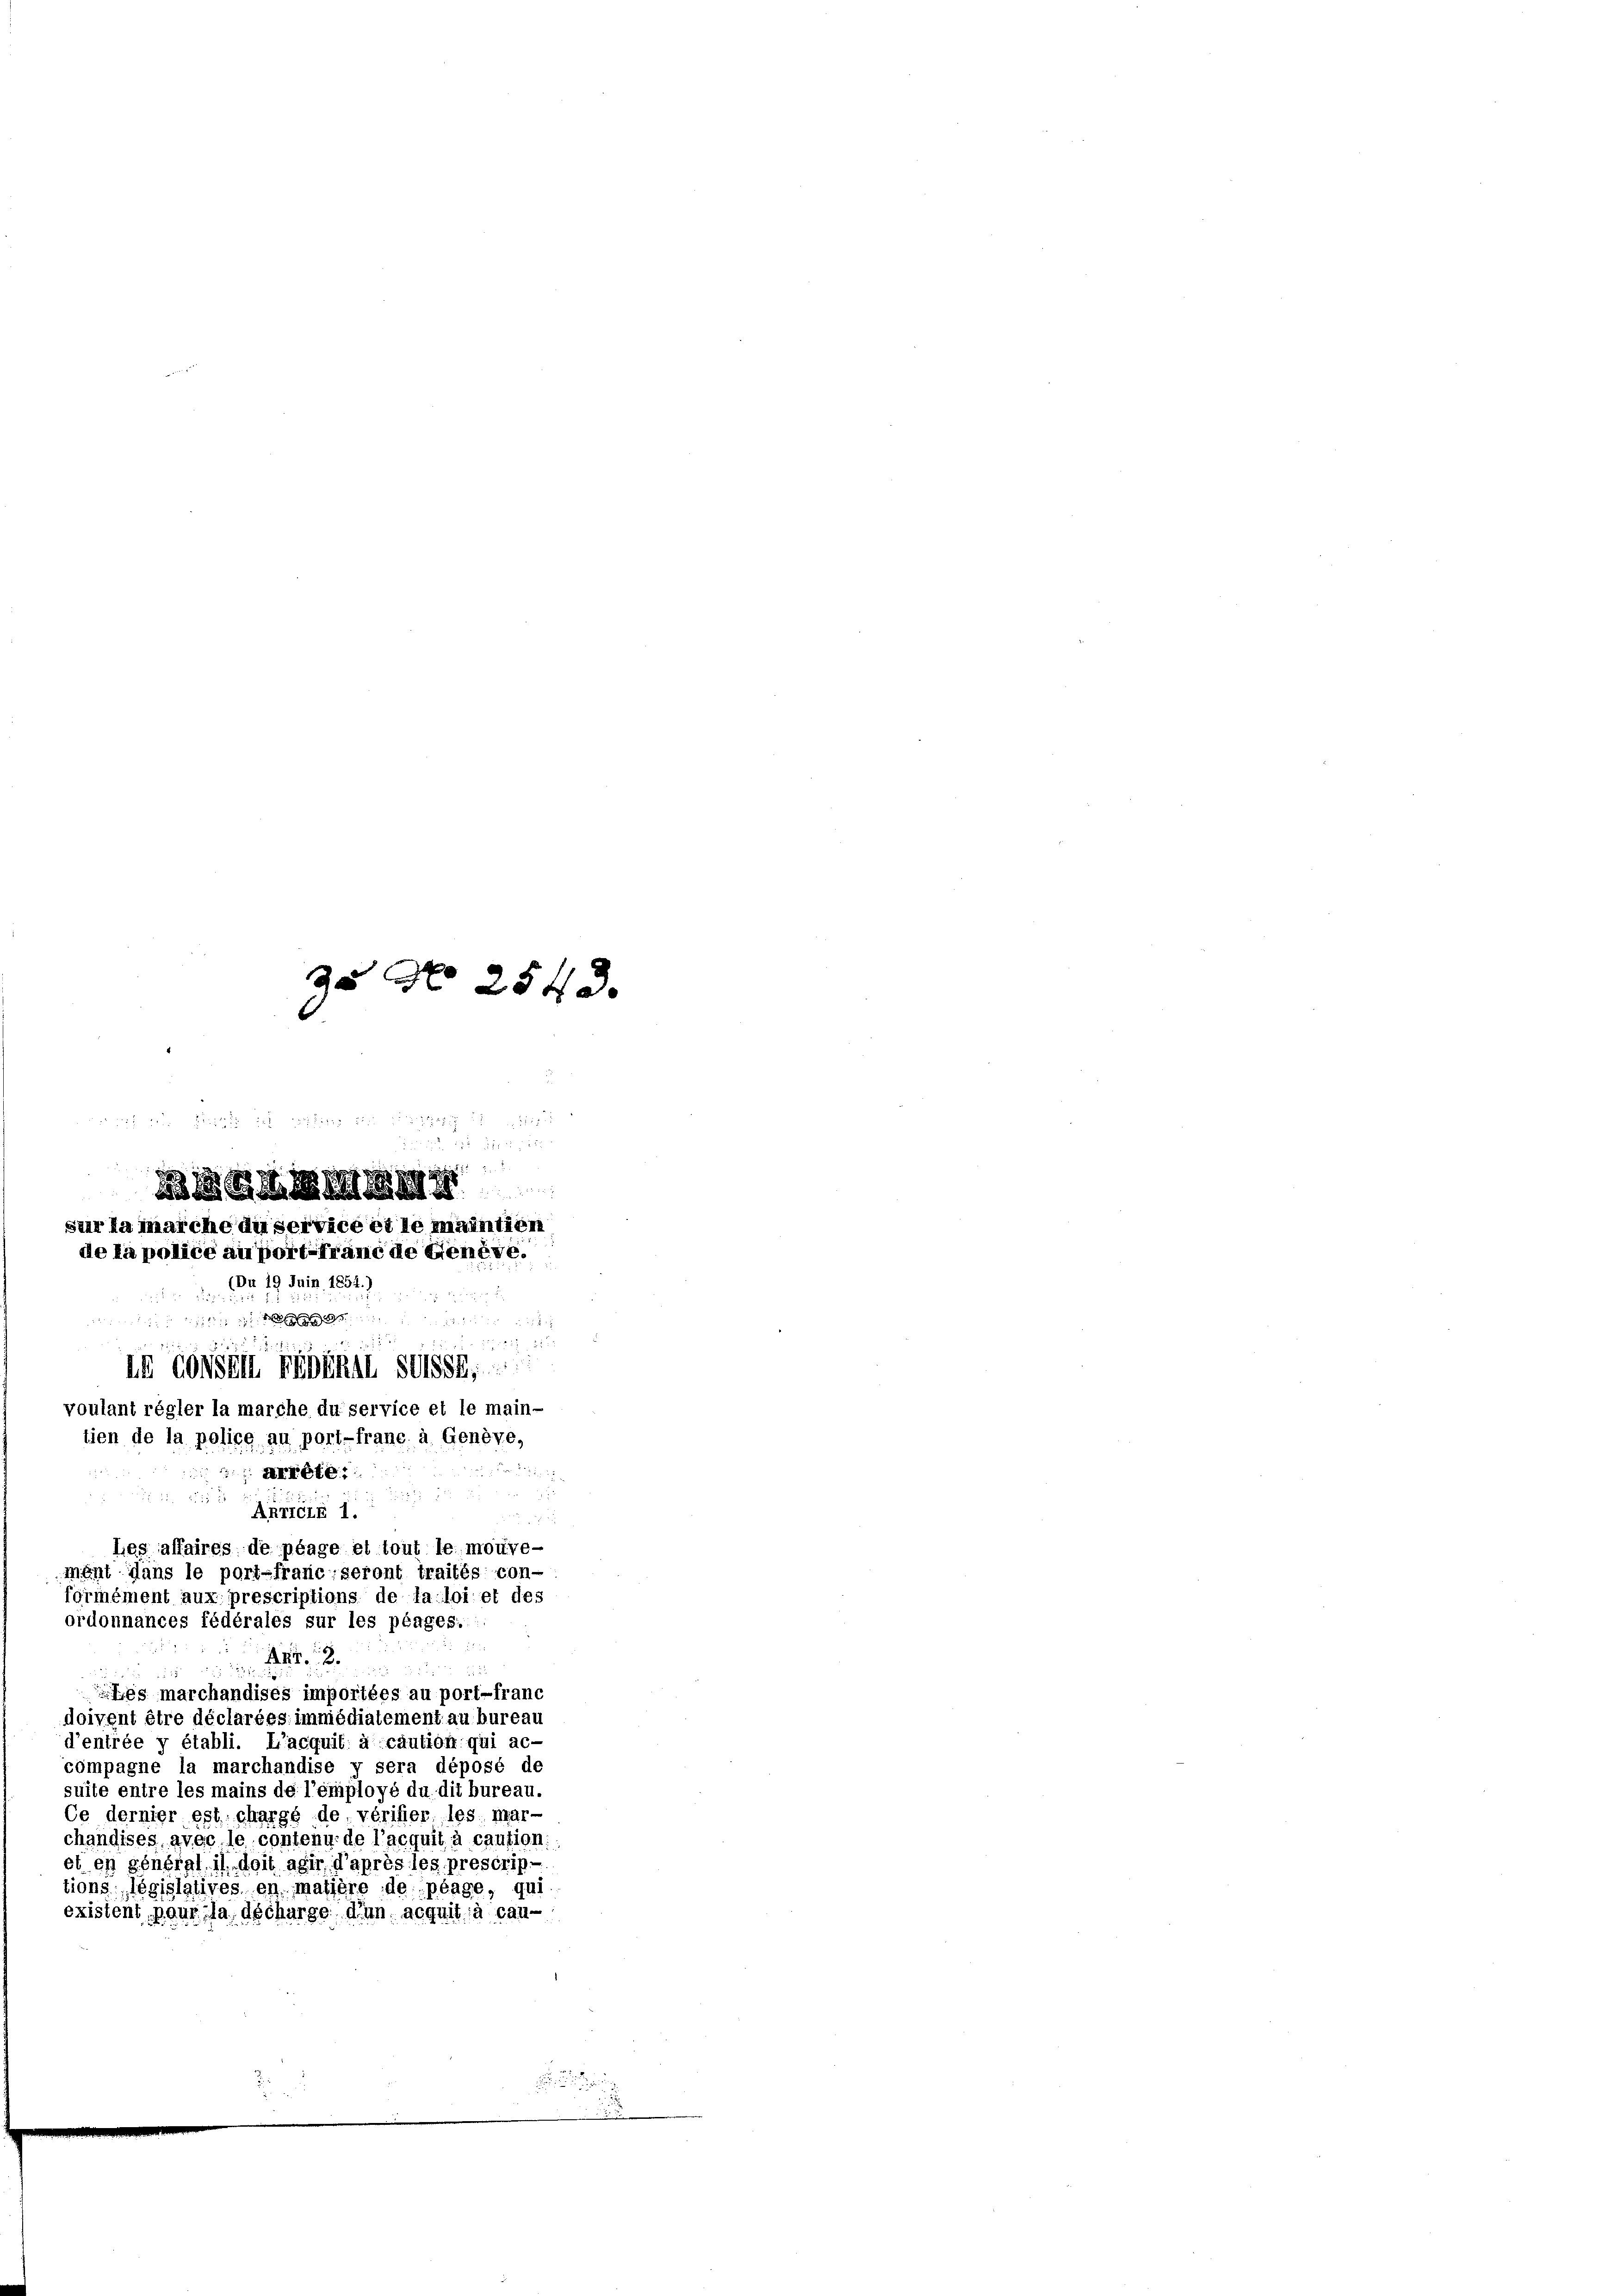
ordonnances fédérales sur les plages:
.

35 No 2540.

n
i

B betheil ich an die
sur la marche dieservice et le maintien
de la police au port franc de Genève.
(Du 19 Juin 1854.)

in Conseit redunil selbst,
voulant régler la marche du service et le main-
tien de la police au port-franc à Genève,
dau sei un
 arrête.

 52 x
ARricii 1.
8
Les affaires de plage et tout le mouve-
ment dans le port-franc seront traités con-
formément aux prescriptions de fa loi et des

Les marchandises importées au port-franc
doivent être déclarées immédiatement au bureau
d’entrée y établi. L’acquit à caution qui ac-
compagne la marchandise y sera déposé de
suite entre les mains de l’employé du dit bureau.
Ce dernier est chargé de vérifier, les mar-
chandises, avec le contenu de l’acquit à caution:
et en général il doit agir d’après les prescrip-
tions: législatives en matière de plage, qui
existent pour la décharge d’un acquit à cau-

2